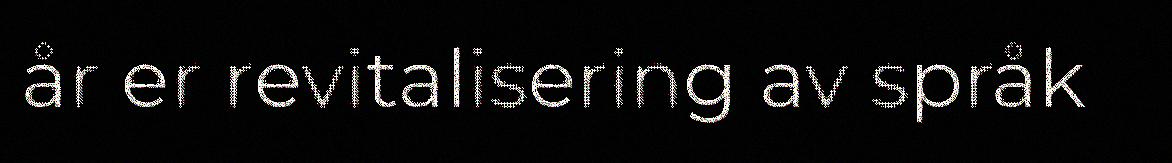
år er revitalisering av språk